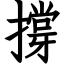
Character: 撐